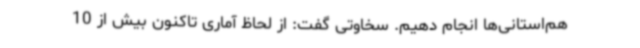
هم‌استانی‌ها انجام دهیم. سخاوتی گفت: از لحاظ آماری تاکنون بیش از 10